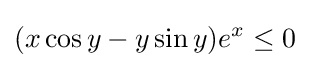
(x\cos y-y\sin y)e^{x}\leq 0